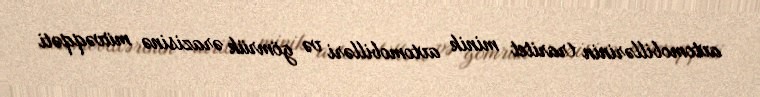
avtomobillərinin (raritet minik avtomobilləri və gömrük ərazisinə müvəqqəti